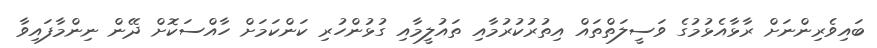
ބައިވެރިންނަށް ރާޅާއެޅުމުގެ ވަސީލަތްތައް އިތުރުކުރުމާއި ތައުލީމާއި ގުޅުންހުރި ކަންކަމަށް ހާއްސަކޮށް ދޭން ނިންމާފައިވާ